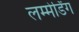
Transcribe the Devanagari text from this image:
लम्मेर्डिंग